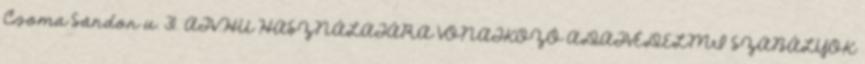
Csoma Sándor u. 31. ATV.HU HASZNÁLATÁRA VONATKOZÓ ADATVÉDELMI SZABÁLYOK